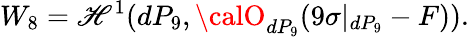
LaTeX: W_{8}=\mathscr{H}^{1}(dP_{9},{\calO}_{dP_{9}}(9\sigma|_{dP_{9}}-F)).